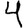
Digit: 4